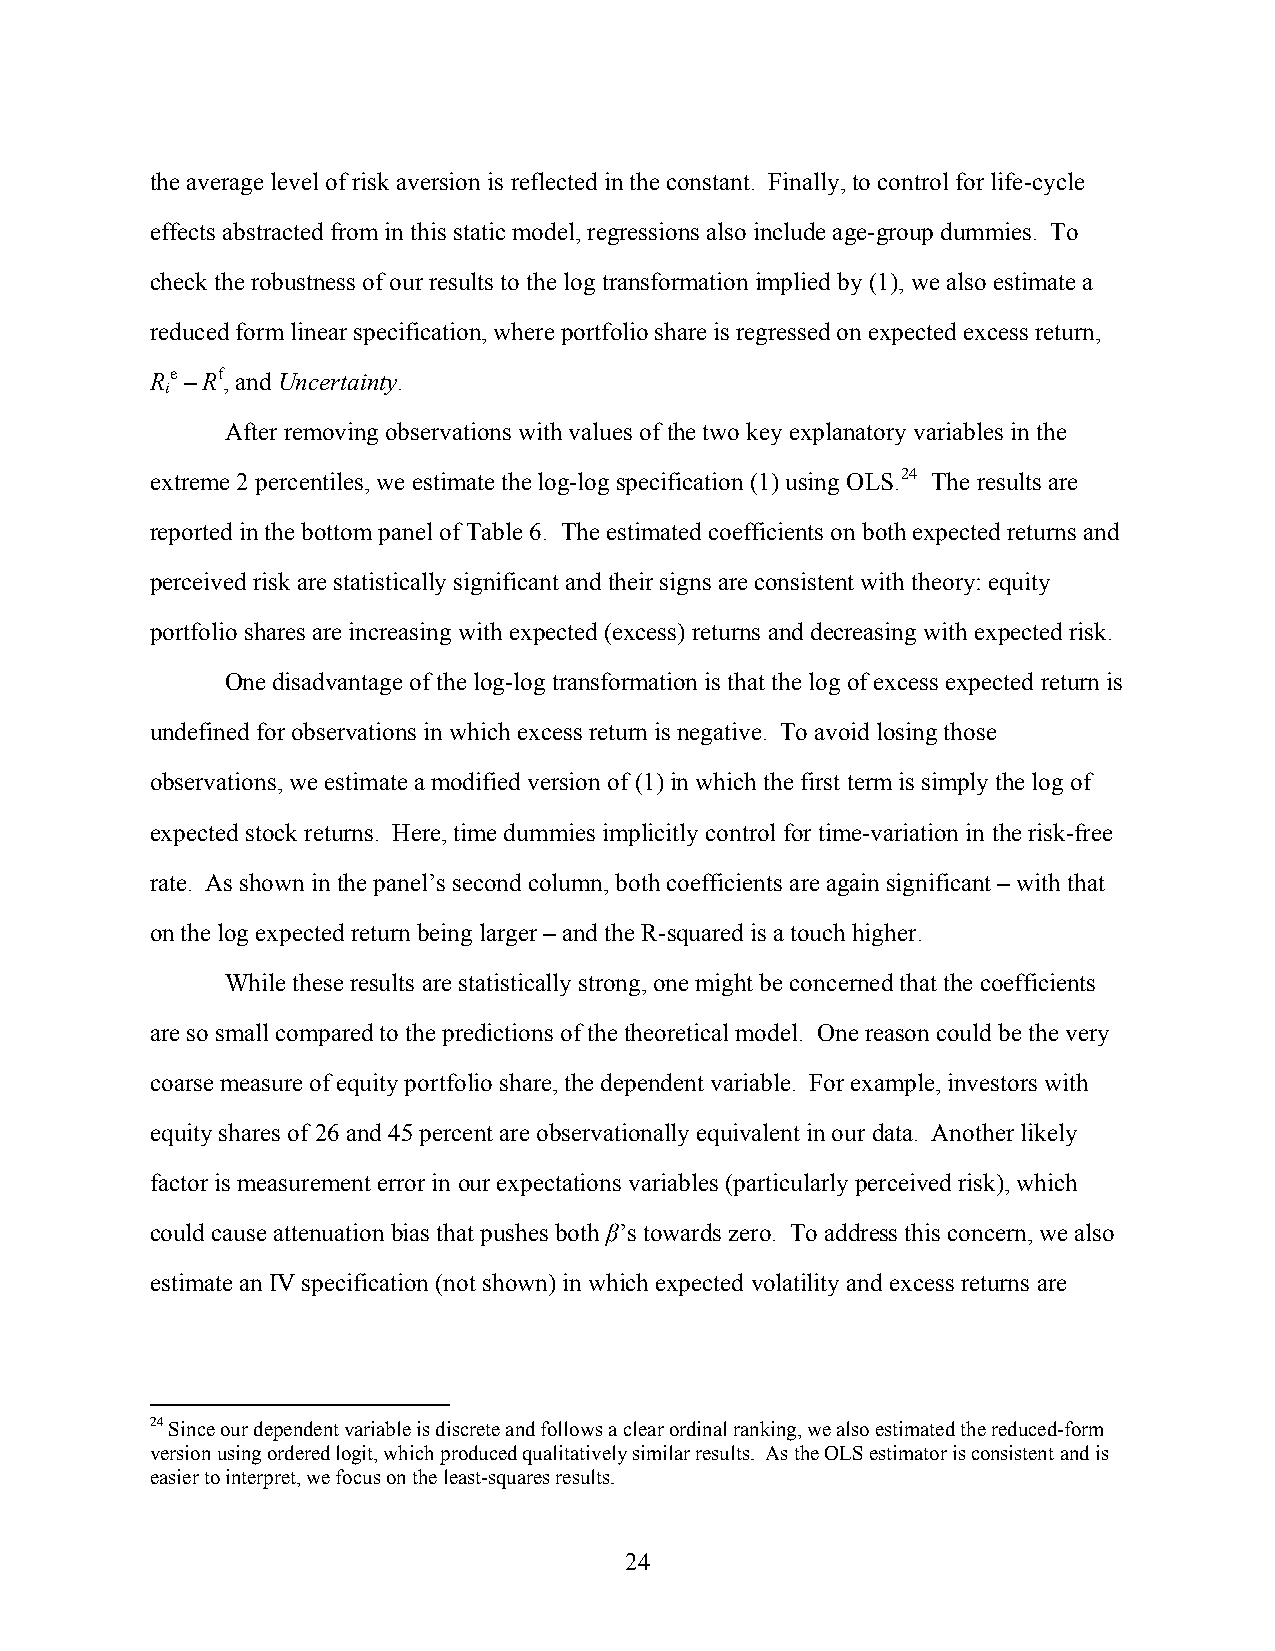
the average level of risk aversion is reflected in the constant. Finally, to control for life-cycle
 effects abstracted from in this static model, regressions also include age-group dummies. To
 check the robustness of our results to the log transformation implied by (1), we also estimate a
 reduced form linear specification, where portfolio share is regressed on expected excess return,
 Re – Rf, and Uncertainty.
 i
 After removing observations with values of the two key explanatory variables in the
 extreme 2 percentiles, we estimate the log-log specification (1) using OLS.24 The results are
 reported in the bottom panel of Table 6. The estimated coefficients on both expected returns and
 perceived risk are statistically significant and their signs are consistent with theory: equity
 portfolio shares are increasing with expected (excess) returns and decreasing with expected risk.
 One disadvantage of the log-log transformation is that the log of excess expected return is
 undefined for observations in which excess return is negative. To avoid losing those
 observations, we estimate a modified version of (1) in which the first term is simply the log of
 expected stock returns. Here, time dummies implicitly control for time-variation in the risk-free
 rate. As shown in the panel’s second column, both coefficients are again significant – with that
 on the log expected return being larger – and the R-squared is a touch higher.
 While these results are statistically strong, one might be concerned that the coefficients
 are so small compared to the predictions of the theoretical model. One reason could be the very
 coarse measure of equity portfolio share, the dependent variable. For example, investors with
 equity shares of 26 and 45 percent are observationally equivalent in our data. Another likely
 factor is measurement error in our expectations variables (particularly perceived risk), which
 could cause attenuation bias that pushes both β’s towards zero. To address this concern, we also
 estimate an IV specification (not shown) in which expected volatility and excess returns are
 24 Since our dependent variable is discrete and follows a clear ordinal ranking, we also estimated the reduced-form
 version using ordered logit, which produced qualitatively similar results. As the OLS estimator is consistent and is
 easier to interpret, we focus on the least-squares results.
 24